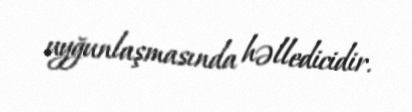
uyğunlaşmasında həlledicidir.